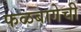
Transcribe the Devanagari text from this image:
फळबागेची